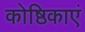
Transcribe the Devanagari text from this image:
कोष्ठिकाएं